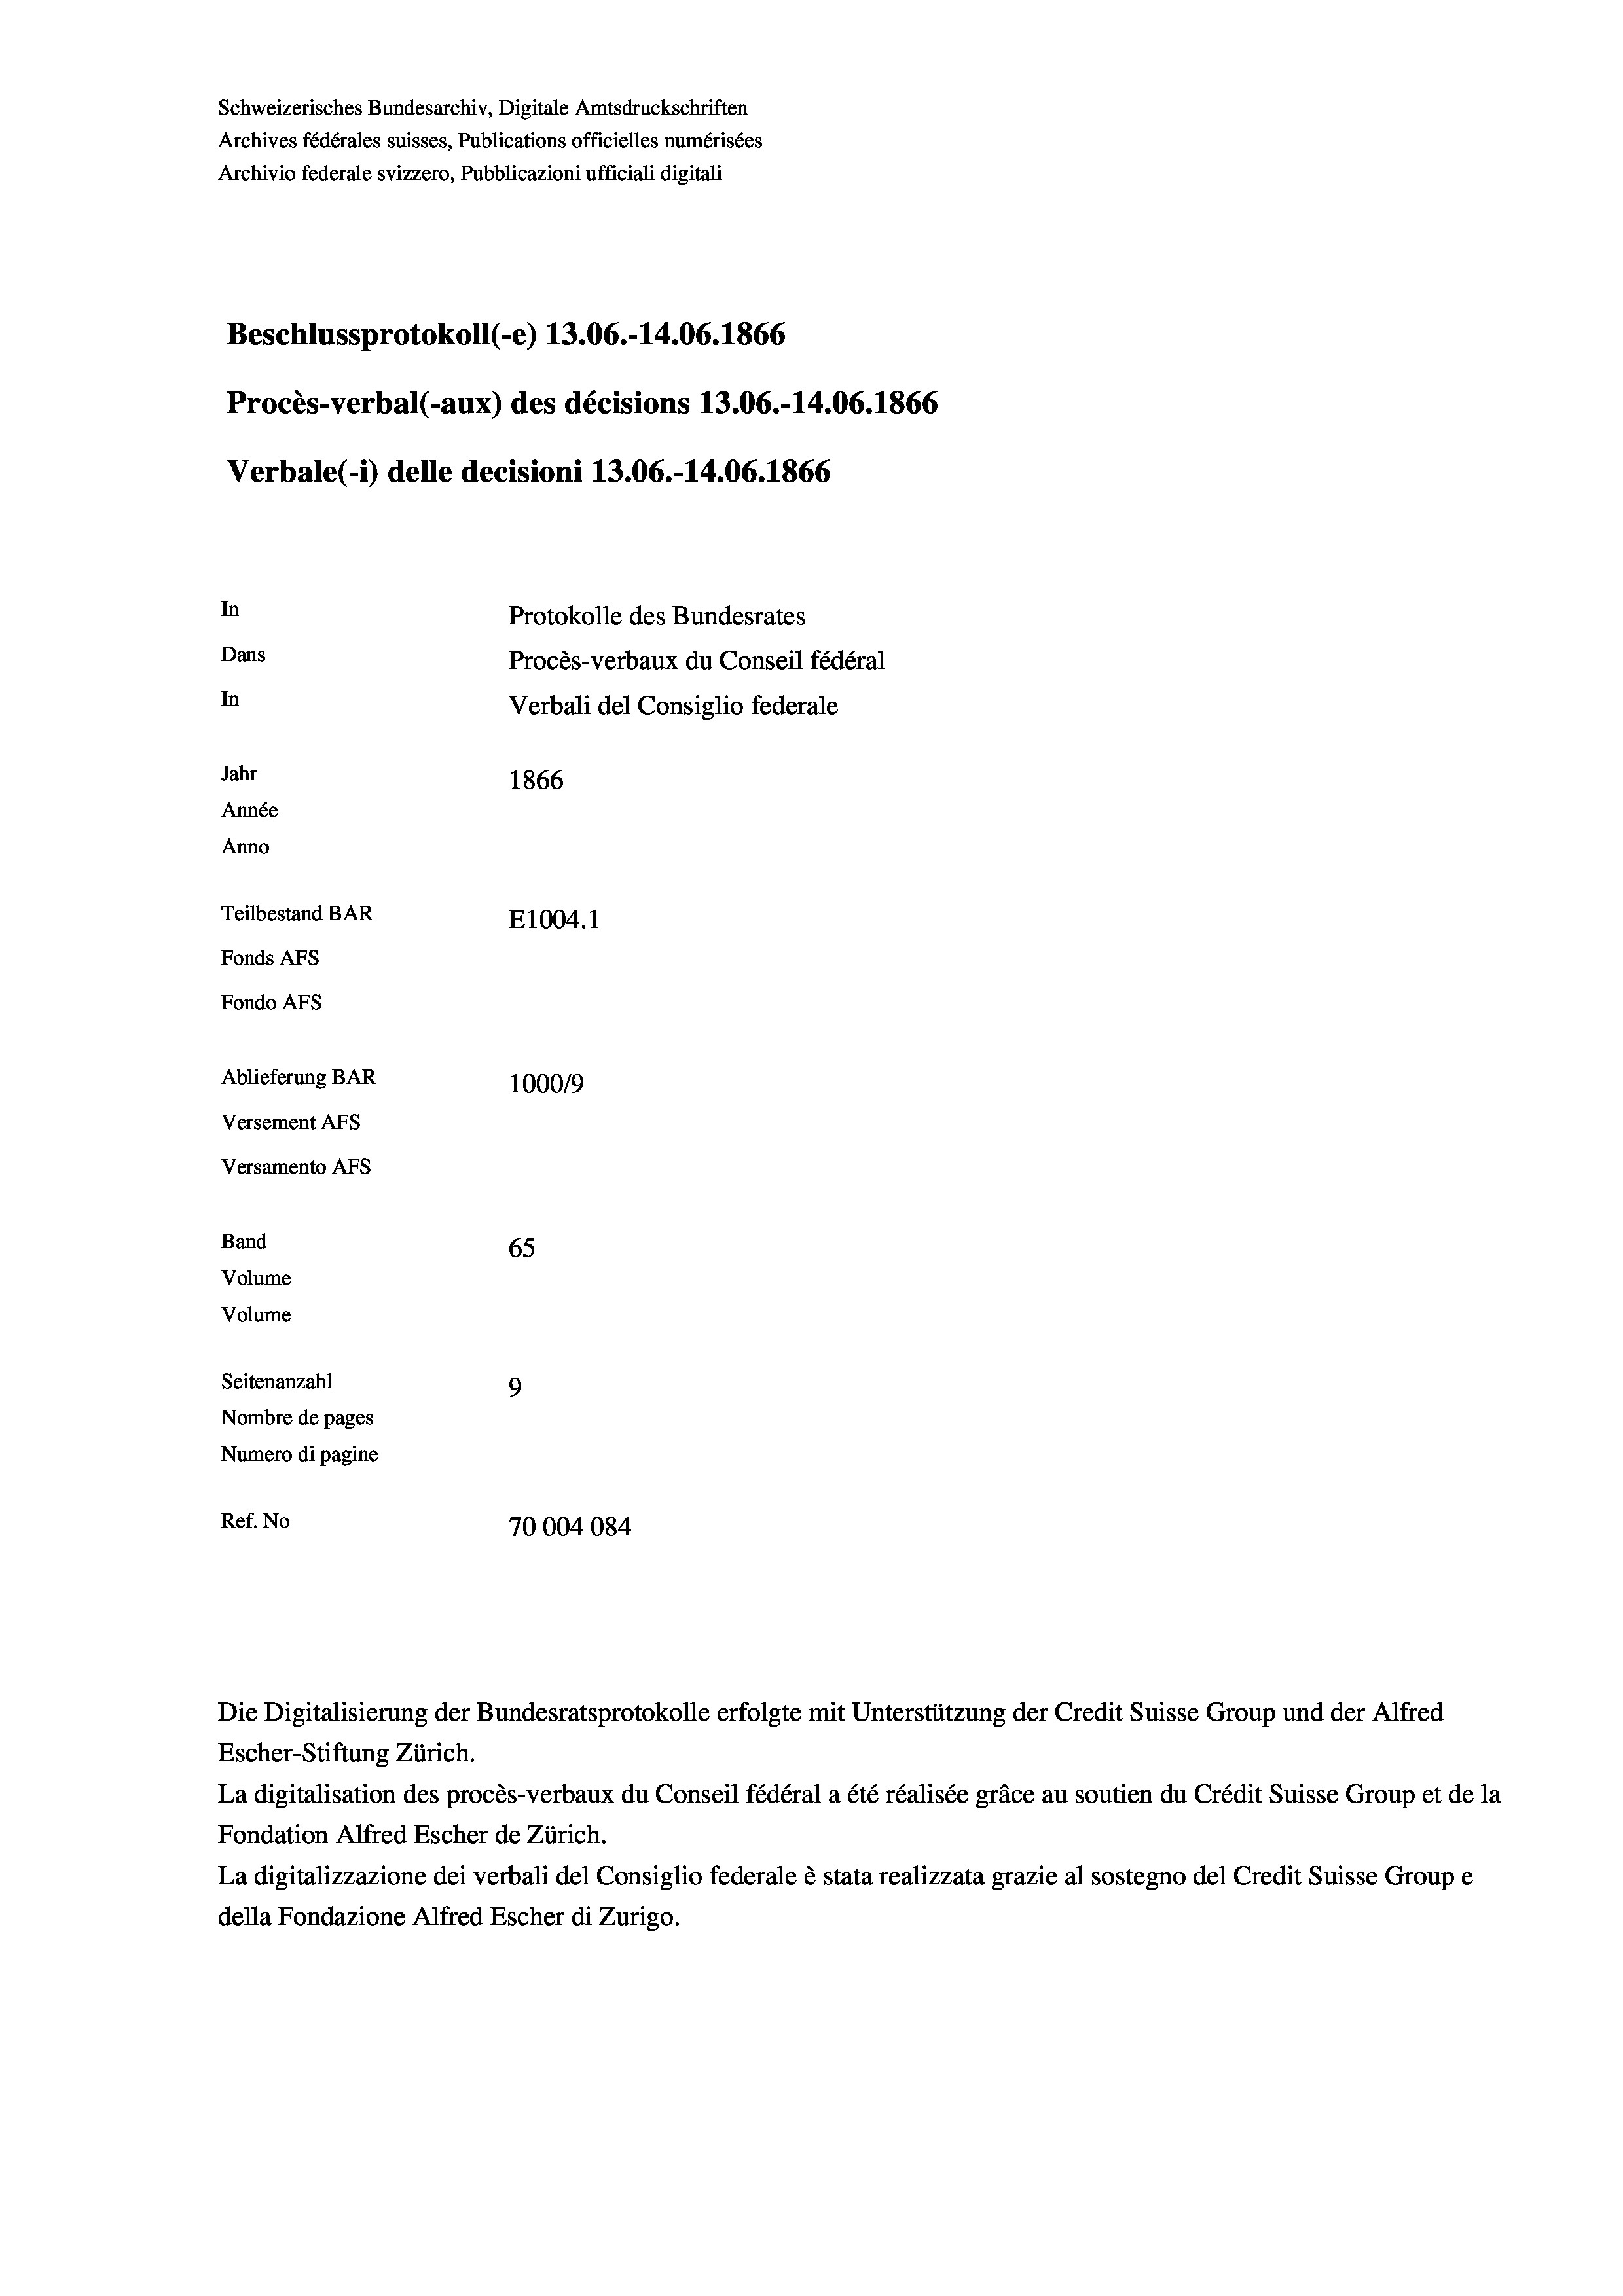
Schweizerisches Bundesarchiv, Digitale Amtsdruckschriften
Archives fédérales suisses, Publications officielles numérisées
Archivio federale svizzero, Pubblicazioni ufficiali digitali
Beschlussprotokoll (-e) 13.06.-14.06. 1866
Procès-verbal (-aux) des décisions 13.06.-14.06. 1866
Verbale (-*) delle decisioni 13.06.-14.06. 1866
In
Protokolle des Bundesrates
Dans
Procès-verbaux du Conseil fédéral
In
Verbali del Consiglio federale
Jahr
1866
Année
Anno
Teilbestand BAR
E1004.1
Fonds AFs
Fondo Afs
Ablieferung BAR
100019
Versement AFs
Versamento Afs
Band
65
Volume
Volume
Seitenanzahl
9
Nombre de pages
Numero di pagine
Ref. No
70004084

Escher-Stiftung Zürich.
La digitalisation des procès-verbaux du Conseil fédéral a été réalisée gräce au soutien du Crédit Suisse Group et de la
Fondation Alfred Escher de Zürich.
La digitalizzazione dei verbali del Consiglio federale è stata realizzata grazie al sostegno del Credit Suisse Groupe
della Fondazione Alfred Escher di Zurigo.

Die Digitalisierung der Bundesratsprotokolle erfolgte mit Unterstützung der Credit Suisse Group und der Alfred